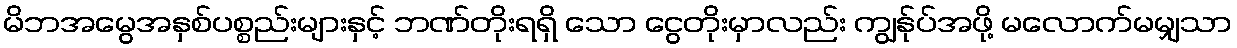
မိဘအမွေအနှစ်ပစ္စည်းများနှင့် ဘဏ်တိုးရရှိ သော ငွေတိုးမှာလည်း ကျွန်ုပ်အဖို့ မလောက်မမျှသာ